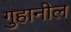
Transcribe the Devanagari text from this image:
गुहानील